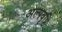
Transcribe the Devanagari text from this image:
अल्पवृष्टि